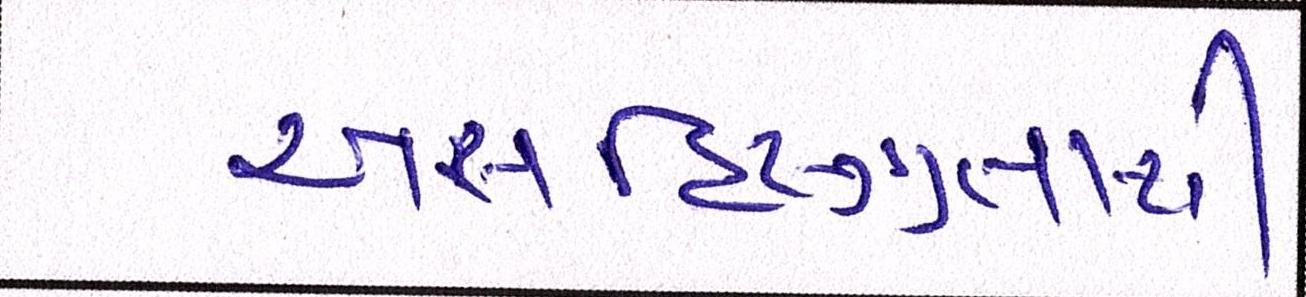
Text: અસહિષ્ણુતાથી